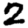
Digit: 2